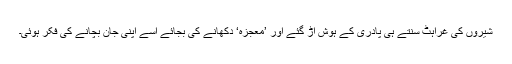
شیروں کی غراہٹ سنتے ہی پادری کے ہوش اڑ گئے اور ’معجزہ‘ دکھانے کی بجائے اسے اپنی جان بچانے کی فکر ہوئی۔